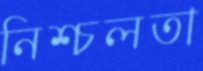
নিশ্চলতা